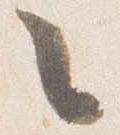
々